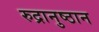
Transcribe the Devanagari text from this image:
रुद्रानुष्ठान